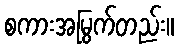
စကားအမြွက်တည်း။